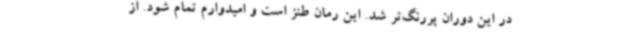
در این دوران پررنگ‌تر شد. این رمان طنز است و امیدوارم تمام شود. از